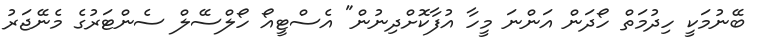
ބޭނުމަކީ ހިދުމަތް ހޯދަން އަންނަ މީހާ އުފާކޮށްދިނުން" އެސްޓީއޯ ހޯލްސޭލް ސެންޓަރުގެ މެނޭޖަރު